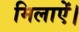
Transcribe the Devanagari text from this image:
मिलाऐं।